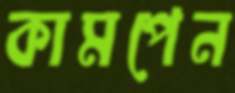
কামপেন